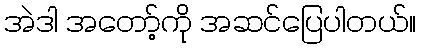
အဲဒါ အတော့်ကို အဆင်ပြေပါတယ်။